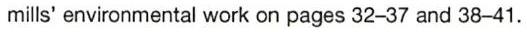
mills' environmental work on pages 32-37 and 38-41.